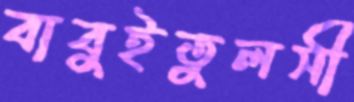
বাবুইতুলসী